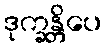
ဒုက္ခန္တိပေ